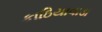
કાઠિયાવાડા